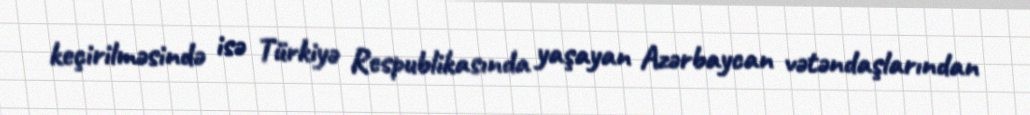
keçirilməsində isə Türkiyə Respublikasında yaşayan Azərbaycan vətəndaşlarından